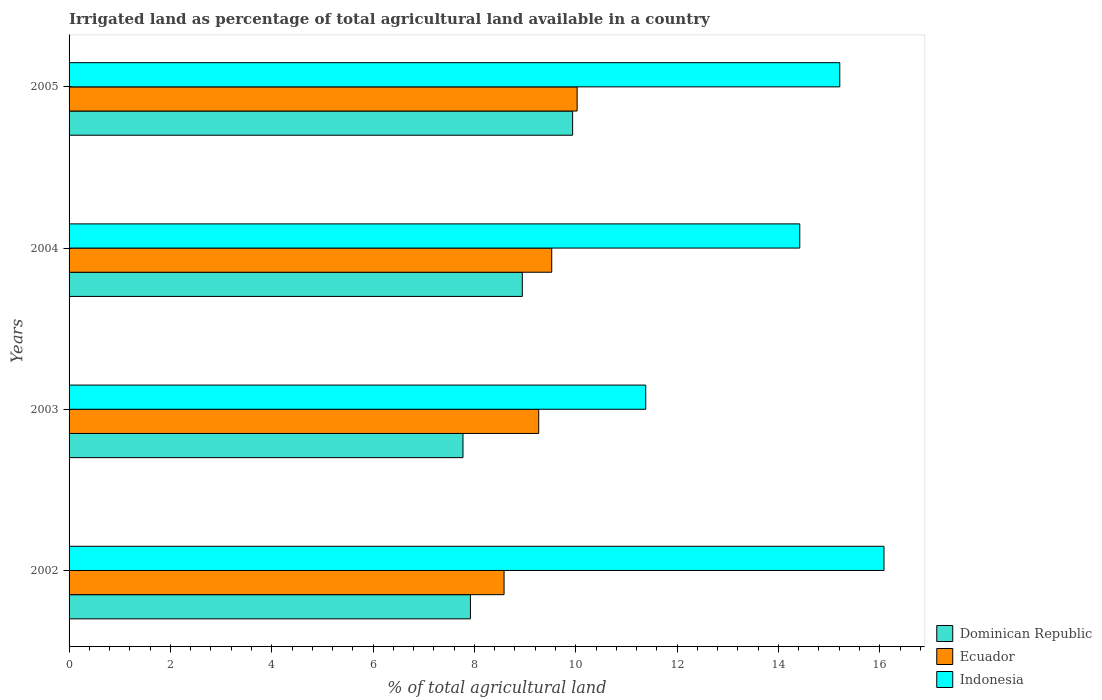
| Years | Dominican Republic | Ecuador | Indonesia |
 | --- | --- | --- | --- |
 | 2002 | 7.92 | 8.58 | 16.1 |
 | 2003 | 7.77 | 9.27 | 11.4 |
 | 2004 | 8.94 | 9.53 | 14.4 |
 | 2005 | 9.94 | 10 | 15.2 |